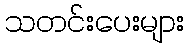
သတင်းပေးများ